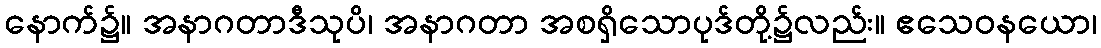
နောက်၌။ အနာဂတာဒီသုပိ၊ အနာဂတာ အစရှိသောပုဒ်တို့၌လည်း။ ဧသေဝနယော၊